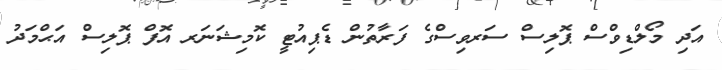
އަދި މޯލްޑިވްސް ޕޮލިސް ސަރވިސްގެ ފަރާތުން ޑެޕިއުޓީ ކޮމިޝަނަރ އޮފް ޕޮލިސް އަޙްމަދު